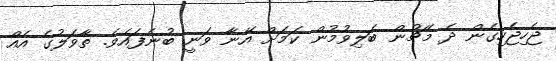
ޖެހިޖެހިގެން ދެ މެޗުން ބަލިވުމުން ކަމަށް އޭނާ ވަނީ ބުނެފައެވެ. ތާވަލުގެ އެއް